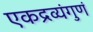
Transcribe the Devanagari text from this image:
एकद्रव्यंगुणं